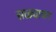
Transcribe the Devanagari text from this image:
सळ्यावर